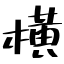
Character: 横